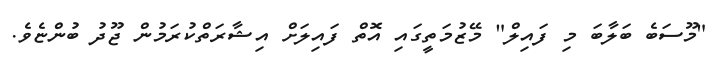
"މޫސަބެ ބަލާބަ މި ފައިލް" މޭޒުމަތީގައި އޮތް ފައިލަށް އިޝާރަތްކުރަމުން ޖޫދު ބުންޏެވެ.